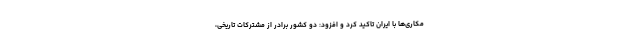
مکاری‌ها با ایران تاکید کرد و افزود: دو کشور برادر از مشترکات تاریخی،